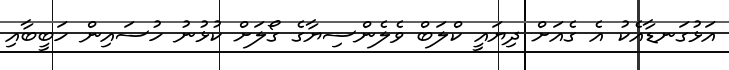
އަޅުގަނޑާއެކު އެ ގެއަށް ދިޔައީ ކްލަބް ވެލެންސިޔާގެ ގޯލަށް ކުޅުނު ހުސައިން ހަބީބާއި